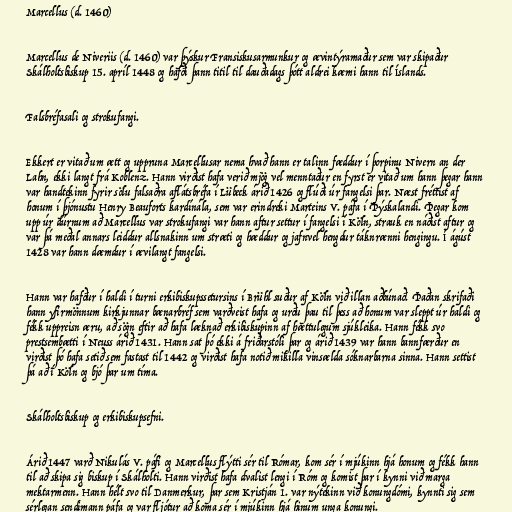
Marcellus (d. 1460)

Marcellus de Niveriis (d. 1460) var þýskur Fransiskusarmunkur og ævintýramaður sem var skipaður
Skálholtsbiskup 15. apríl 1448 og hafði þann titil til dauðadags þótt aldrei kæmi hann til Íslands.

Falsbréfasali og strokufangi.

Ekkert er vitað um ætt og uppruna Marcellusar nema hvað hann er talinn fæddur í þorpinu Nivern an der
Lahn, ekki langt frá Koblenz. Hann virðist hafa verið mjög vel menntaður en fyrst er vitað um hann þegar hann
var handtekinn fyrir sölu falsaðra aflátsbréfa í Lübeck árið 1426 og flúði úr fangelsi þar. Næst fréttist af
honum í þjónustu Henry Beauforts kardínála, sem var erindreki Marteins V. páfa í Þýskalandi. Þegar kom
upp úr dúrnum að Marcellus var strokufangi var hann aftur settur í fangelsi í Köln, strauk en náðist aftur og
var þá meðal annars leiddur allsnakinn um stræti og hæddur og jafnvel hengdur táknrænni hengingu. Í ágúst
1428 var hann dæmdur í ævilangt fangelsi.

Hann var hafður í haldi í turni erkibiskupssetursins í Brühl suður af Köln við illan aðbúnað. Þaðan skrifaði
hann yfirmönnum kirkjunnar bænarbréf sem varðveist hafa og urðu þau til þess að honum var sleppt úr haldi og
fékk uppreisn æru, að sögn eftir að hafa læknað erkibiskupinn af hættulegum sjúkleika. Hann fékk svo
prestsembætti í Neuss árið 1431. Hann sat þó ekki á friðarstóli þar og árið 1439 var hann bannfærður en
virðist þó hafa setið sem fastast til 1442 og virðist hafa notið mikilla vinsælda sóknarbarna sinna. Hann settist
þá að í Köln og bjó þar um tíma.

Skálholtsbiskup og erkibiskupsefni.

Árið 1447 varð Nikulás V. páfi og Marcellus flýtti sér til Rómar, kom sér í mjúkinn hjá honum og fékk hann
til að skipa sig biskup í Skálholti. Hann virðist hafa dvalist lengi í Róm og komist þar í kynni við marga
mektarmenn. Hann hélt svo til Danmerkur, þar sem Kristján 1. var nýtekinn við konungdómi, kynnti sig sem
sérlegan sendimann páfa og var fljótur að koma sér í mjúkinn hjá hinum unga konungi.